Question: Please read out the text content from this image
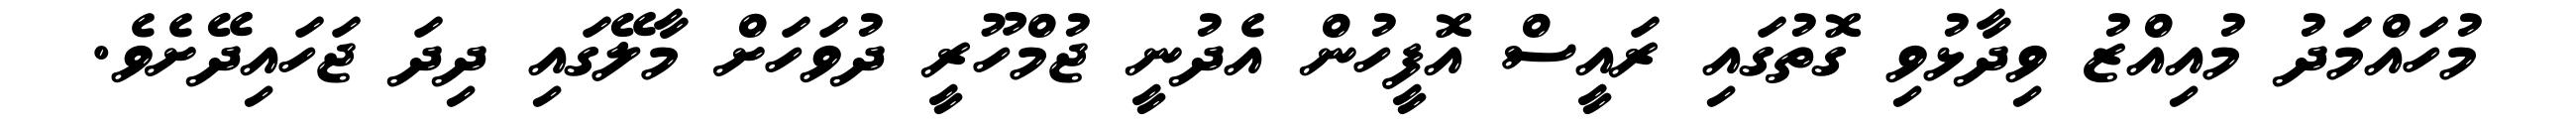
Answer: މުހައްމަދު މުއިއްޒު ވިދާޅުވި ގޮތުގައި ރައީސް އޮފީހުން އެދުނީ ޖުމްހޫރީ ދުވަހަށް މާލޭގައި ދިދަ ޖަހައިދޭށެވެ.